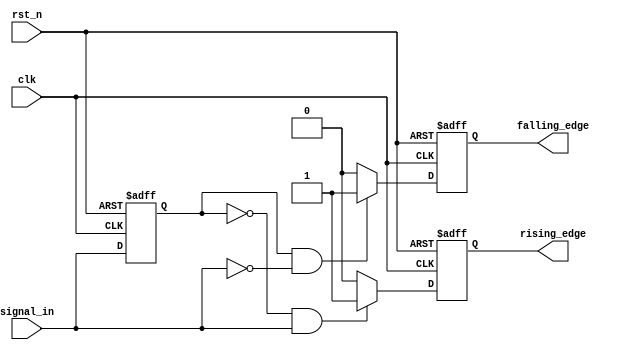
module SchmittTriggerEdgeDetector (
    input wire clk,           // Clock input
    input wire rst_n,        // Active low reset
    input wire signal_in,     // Input signal to detect edges
    output reg rising_edge,   // Rising edge output
    output reg falling_edge    // Falling edge output
);

    // Parameters for hysteresis thresholds
    parameter LOW_THRESHOLD = 1'b0;  // Lower threshold for edge detection
    parameter HIGH_THRESHOLD = 1'b1; // Upper threshold for edge detection

    // Memory block to hold the previous state of the input signal
    reg previous_state;

    // Edge detection logic
    always @(posedge clk or negedge rst_n) begin
        if (!rst_n) begin
            // Reset condition
            previous_state <= LOW_THRESHOLD;
            rising_edge <= 1'b0;
            falling_edge <= 1'b0;
        end else begin
            // Default edge outputs
            rising_edge <= 1'b0;
            falling_edge <= 1'b0;

            // Rising edge detection with hysteresis
            if (previous_state == LOW_THRESHOLD && signal_in == HIGH_THRESHOLD) begin
                rising_edge <= 1'b1; // Rising edge detected
            end

            // Falling edge detection with hysteresis
            if (previous_state == HIGH_THRESHOLD && signal_in == LOW_THRESHOLD) begin
                falling_edge <= 1'b1; // Falling edge detected
            end

            // Update the previous state
            previous_state <= signal_in;
        end
    end

endmodule